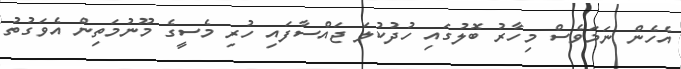
އެހެން ނަމަވެސް މިހާރު ބޮލުގައި ހުދުކުލަ ޖައްސާފައި ހުރި މެސީގެ މޫނުމަތިން އެވަގުތު